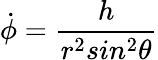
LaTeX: \dot{\phi}=\frac{h}{r^{2}sin^{2}\theta}